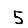
Digit: 5